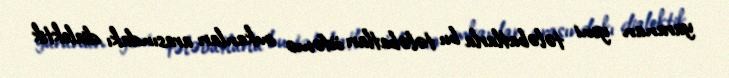
yaranan yeni tələbatlarla bu tələbatları ödəmə imkanları arasındakı dialektik